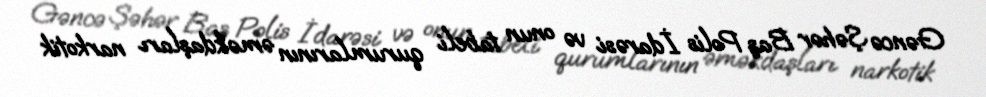
Gəncə Şəhər Baş Polis İdarəsi və onun tabeli qurumlarının əməkdaşları narkotik